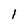
Character: 1